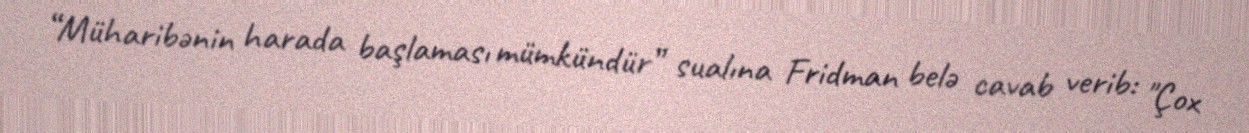
“Müharibənin harada başlaması mümkündür” sualına Fridman belə cavab verib: "Çox